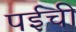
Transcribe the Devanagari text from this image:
पईची